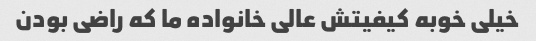
خیلی خوبه کیفیتش عالی خانواده ما که راضی بودن